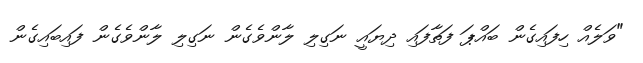
"ވަލެއް ހިފައިގެން ބައްޕަ ފަތާފައި ދިޔައީ ނަގިލި ލާންވެގެން ނަގިލި ލާންވެގެން ފައިބައިގެން